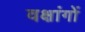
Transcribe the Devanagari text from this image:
वक्षांगों